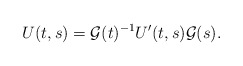
\begin{align*}U(t,s)=\mathcal{G}(t)^{-1}U'(t,s)\mathcal{G}(s).\end{align*}